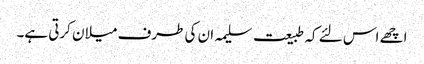
اچھے اس لئے کہ طبیعت سلیمہ ان کی طرف میلان کرتی ہے۔